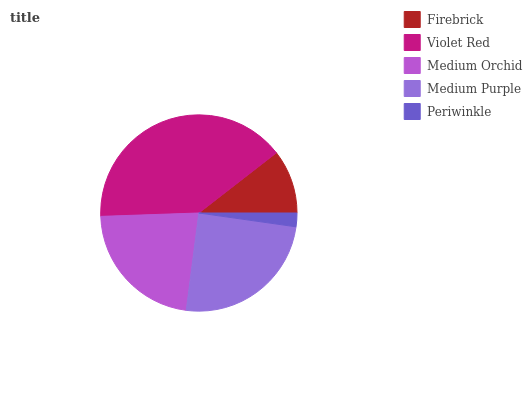
| Firebrick | Violet Red | Medium Orchid | Medium Purple | Periwinkle |
 | --- | --- | --- | --- | --- |
 | 10.5% | 40.1% | 22.4% | 24.8% | 2.24% |